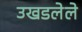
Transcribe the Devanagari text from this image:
उखडलेले